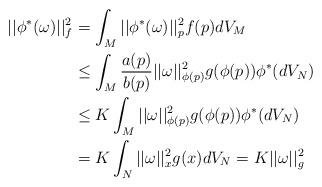
LaTeX: \begin{align*}||\phi^\ast(\omega)||^2_f&=\int_{M} ||\phi^\ast(\omega)||^2_{p} f(p) dV_M\\&\leq \int_{M} \frac{a(p)}{b(p)}||\omega||^2_{\phi(p)} g(\phi(p)) \phi^\ast(dV_N)\\&\leq K \int_{M}||\omega||^2_{\phi(p)} g(\phi(p)) \phi^\ast(dV_N)\\&= K\int_N ||\omega||^2_x g(x)dV_N=K ||\omega||^2_g\end{align*}